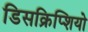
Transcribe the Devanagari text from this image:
डिसक्रिप्शियो